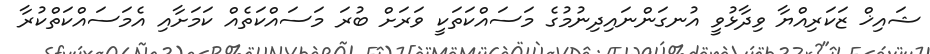
ޝައިޚް ޒަކަރިއްޔާ ވިދާޅުވީ އުނގަންނައިދިނުމުގެ މަސައްކަތަކީ ވަރަށް ބުރަ މަސައްކަތެއް ކަމަށާއި އެމަސައްކަތްކުރާ